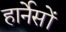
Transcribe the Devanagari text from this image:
हार्नेसों